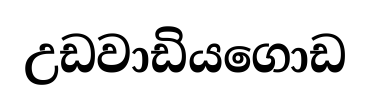
උඩවාඩියගොඩ